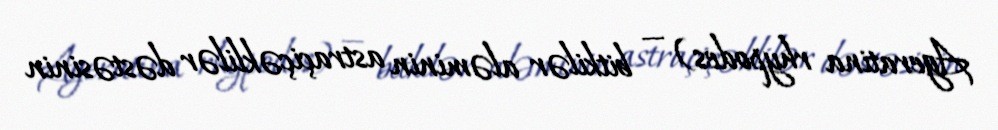
Ageratina rhypodes) — bitkilər aləminin astraçiçəklilər dəstəsinin